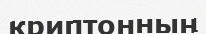
криптонның